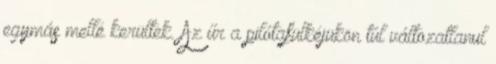
egymás mellé kerültek. Az űr a pilótafülkéjükön túl változatlanul